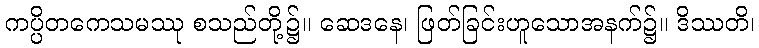
ကပ္ပိတကေသမဿု စသည်တို့၌။ ဆေဒနေ၊ ဖြတ်ခြင်းဟူသောအနက်၌။ ဒိဿတိ၊